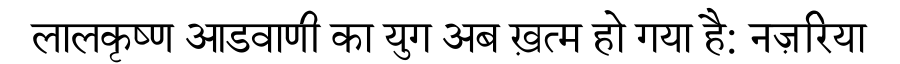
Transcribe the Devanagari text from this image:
लालकृष्ण आडवाणी का युग अब ख़त्म हो गया है: नज़रिया